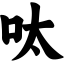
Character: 呔